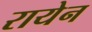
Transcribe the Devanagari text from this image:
रायेन